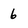
Character: 6